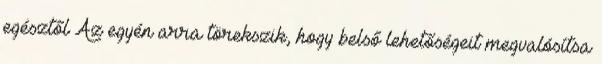
egésztől Az egyén arra törekszik, hogy belső lehetőségeit megvalósítsa